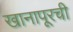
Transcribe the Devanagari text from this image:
खानापूरची